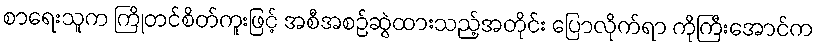
စာရေးသူက ကြိုတင်စိတ်ကူးဖြင့် အစီအစဉ်ဆွဲထားသည့်အတိုင်း ပြောလိုက်ရာ ကိုကြီးအောင်က